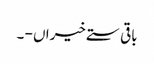
باقی ستے خیراں - ۔